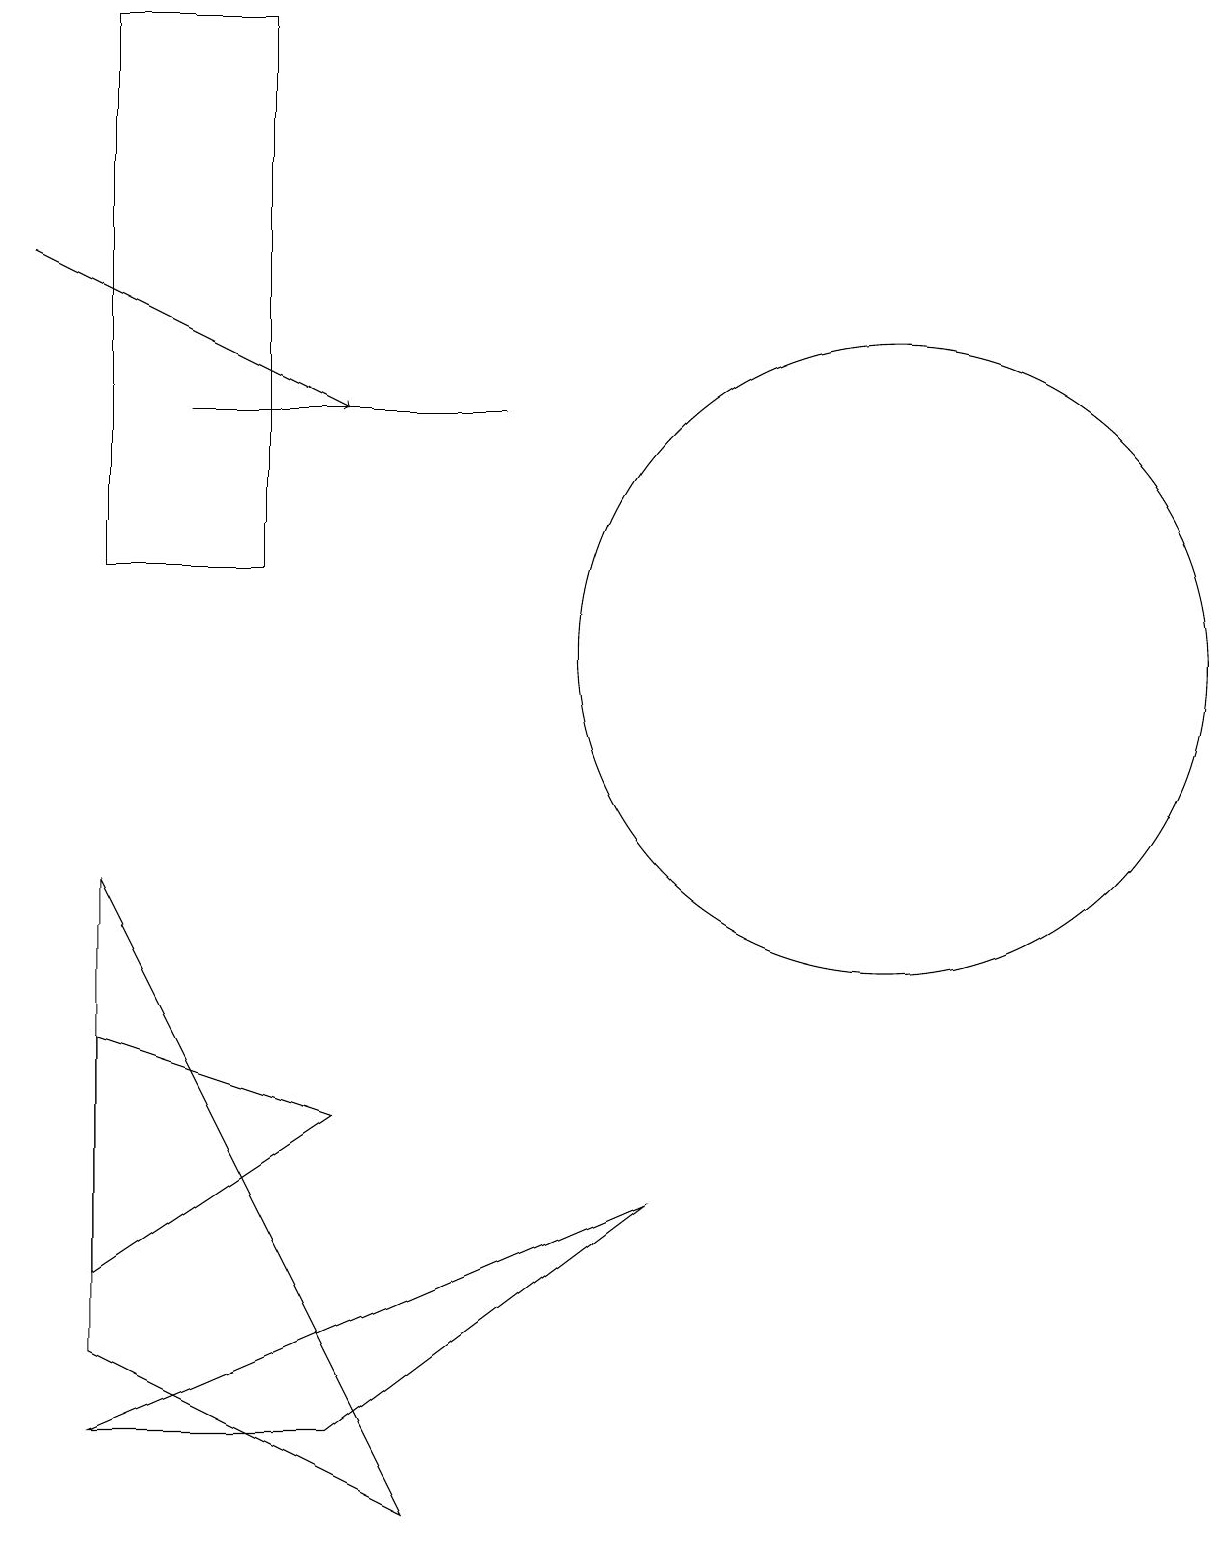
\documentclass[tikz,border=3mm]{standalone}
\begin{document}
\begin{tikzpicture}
\draw (12,11) circle (4);
\draw (6,0) -- (2,8) -- (2,2) -- cycle;
\draw (2,1) -- (9,4) -- (5,1) -- cycle;
\draw (3,14) rectangle (7,14);
\draw (2,6) -- (5,5) -- (2,3) -- cycle;
\draw (4,12) rectangle (2,19);
\draw[->] (1,16) -- (5,14);
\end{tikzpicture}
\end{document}